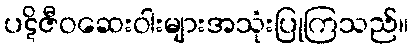
ပဋိဇီဝဆေးဝါးများအသုံးပြုကြသည်။